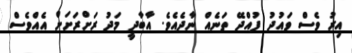
އިރު ވެސް ވައުދު ފުއްދޭ ތަނެއް ނާދެއެވެ. އާބާދީ މަދު ރަށްރަށަށް އެއްވެސް